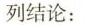
列结论: